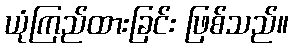
ယုံကြည်ထားခြင်း ဖြစ်သည်။